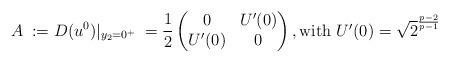
LaTeX: \begin{align*} A \: := D(u^0)\vert_{y_2 = 0^+}\: = \frac{1}{2}\begin{pmatrix} 0 & U'(0) \\ U'(0) & 0 \end{pmatrix}, \mbox{with $U'(0) = \sqrt{2}^{\frac{p-2}{p-1}}$} \end{align*}